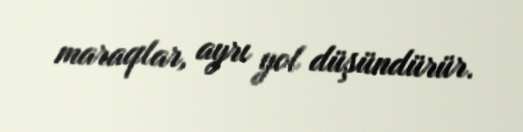
maraqlar, ayrı yol düşündürür.